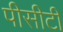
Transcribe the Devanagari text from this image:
पीसीटी